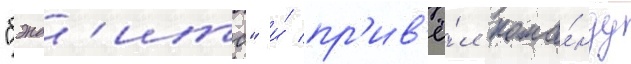
"бэнд'итс" и́ пр'ив'ё́л кома́нду